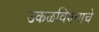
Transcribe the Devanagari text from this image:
उकळविण्याचे